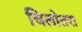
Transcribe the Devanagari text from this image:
चिलोतरा